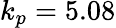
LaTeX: k_{p}=5.08